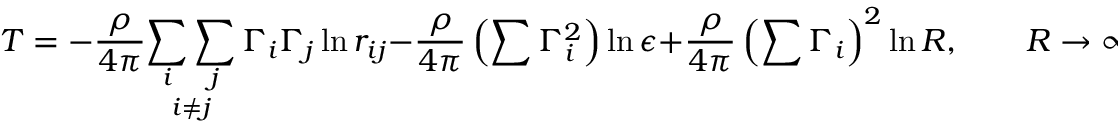
T = - \frac { \rho } { 4 \pi } \underset { i \neq j } { \sum _ { i } \sum _ { j } } \, \Gamma _ { i } \Gamma _ { j } \ln r _ { i j } - \frac { \rho } { 4 \pi } \left( \sum \Gamma _ { i } ^ { 2 } \right) \ln \epsilon + \frac { \rho } { 4 \pi } \left( \sum \Gamma _ { i } \right) ^ { 2 } \ln R , \qquad R \rightarrow \infty , \epsilon \rightarrow 0 ,